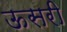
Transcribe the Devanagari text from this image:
ऊसरी